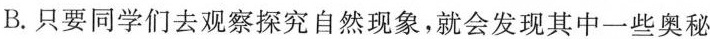
B.只要同学们去观察探究自然现象，就会发现其中一些奥秘